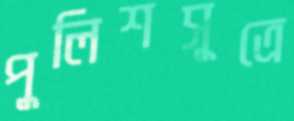
পুলিশসূত্রে